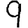
Digit: 9